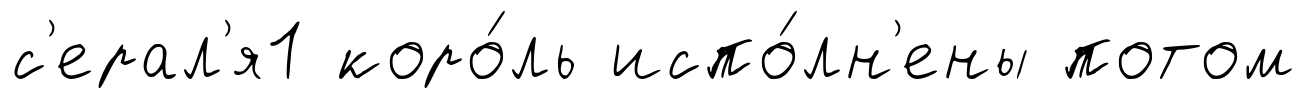
с'ерал'я1 коро́ль испо́лн'ены потом